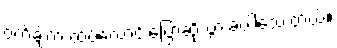
ဝက်ချ်က ထပ်လောင်းပြောဆိုသွားခဲ့ပါသေးတယ်။